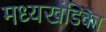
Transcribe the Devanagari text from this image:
मध्यखंडिका